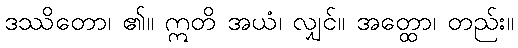
ဒဿိတော၊ ၏။ ဣတိ အယံ၊ လျှင်။ အတ္ထော၊ တည်း။